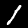
Label: 1